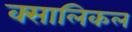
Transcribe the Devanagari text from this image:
क्सालिकल